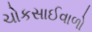
ચોકસાઈવાળો